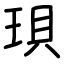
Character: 珼